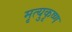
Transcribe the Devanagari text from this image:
मृत्युकृष्ण